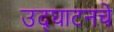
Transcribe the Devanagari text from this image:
उद्घाटनचे